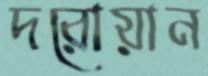
দরোয়ান